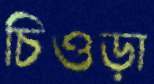
চিওড়া